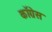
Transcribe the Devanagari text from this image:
काॅग्रेेस